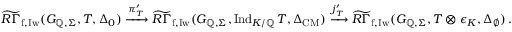
\widetilde { R \Gamma } _ { \mathrm { f , I w } } ( G _ { \mathbb { Q } , \Sigma } , T , \Delta _ { 0 } ) \xrightarrow { \pi _ { T } ^ { \prime } } \widetilde { R \Gamma } _ { \mathrm { f , I w } } ( G _ { \mathbb { Q } , \Sigma } , \mathrm { I n d } _ { K / \mathbb { Q } } \, T , \Delta _ { \mathrm { C M } } ) \xrightarrow { j _ { T } ^ { \prime } } \widetilde { R \Gamma } _ { \mathrm { f , I w } } ( G _ { \mathbb { Q } , \Sigma } , T \otimes \epsilon _ { K } , \Delta _ { \emptyset } ) \, .